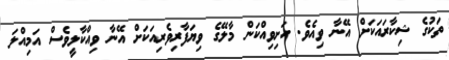
ތަކުގެ ޝިކާރައަކަށް އޭނާ ވިއެވެ. ހަށިވިއްކަން މާލޭގެ ވިޔަފާރިވެރިއަކަށް އޭނާ ވިއްކާލީވެސް އަމިއްލަ